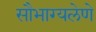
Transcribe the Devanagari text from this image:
सौभाग्यलेणे